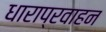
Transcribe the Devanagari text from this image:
धाराप्रवाहन